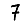
Digit: 7